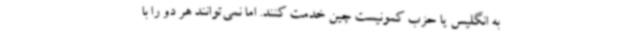
به انگلیس یا حزب کمونیست چین خدمت کنند. اما نمی‌توانند هر دو را با